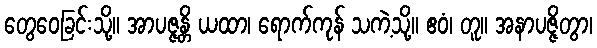
တွေဝေခြင်းသို့။ အာပဇ္ဇန္တိ ယထာ၊ ရောက်ကုန် သကဲ့သို့။ ဧဝံ၊ တူ။ အနာပဇ္ဇိတွာ၊